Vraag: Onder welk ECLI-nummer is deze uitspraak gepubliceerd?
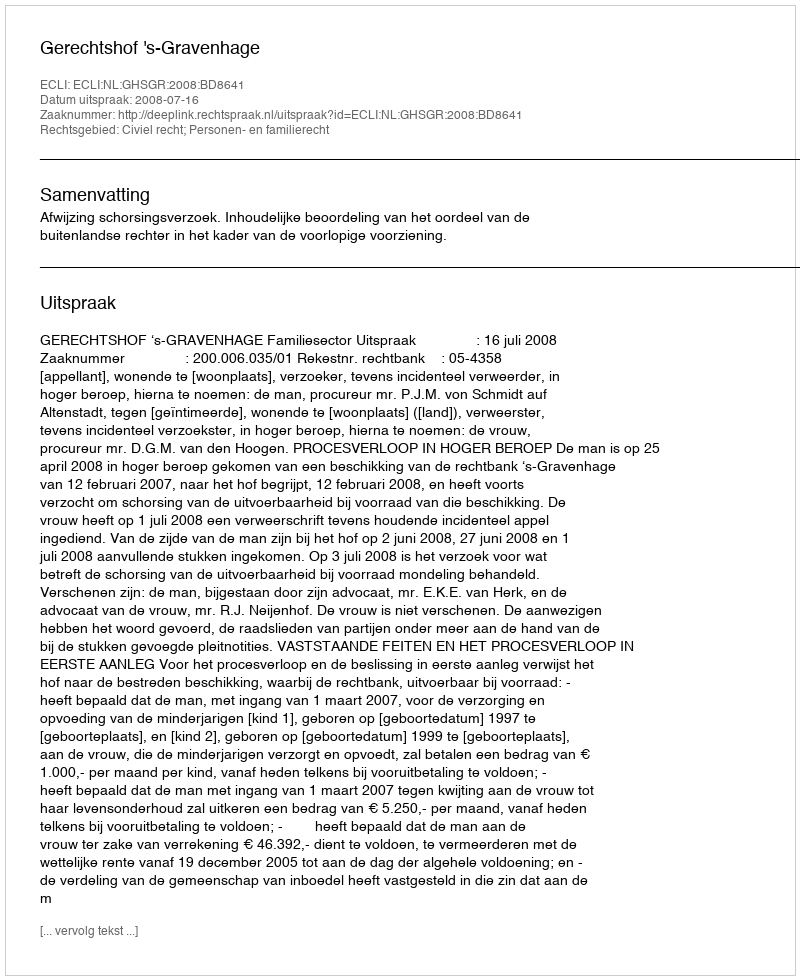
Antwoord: ECLI:NL:GHSGR:2008:BD8641